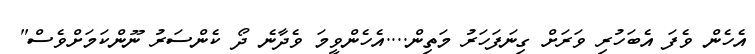
އެހެން ވެފަ އެބަހުރި ވަރަށް ގިނަފަހަރު މަތިން....އެހެންވީމަ ވެދާނެ ދޯ ކެންސަރު ނޫންކަމަށްވެސް"